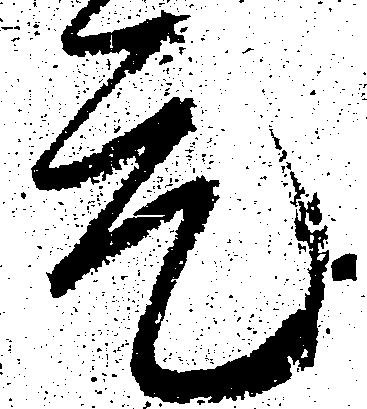
元